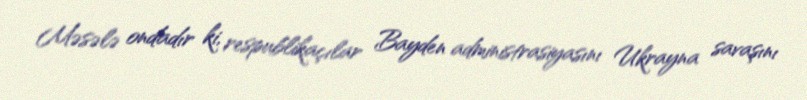
Məsələ ondadır ki, respublikaçılar Bayden administrasiyasını Ukrayna savaşını